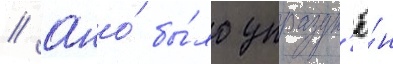
// Оно́ бы́ло упраздн'ё́н